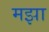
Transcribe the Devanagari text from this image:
मझा